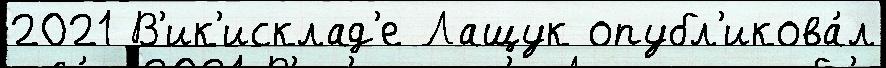
2021 В'ик'исклад'е Лащук опубл'икова́л